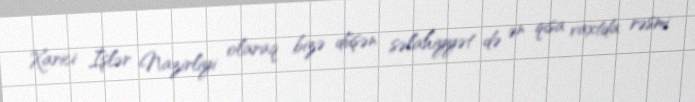
Xarici İşlər Nazirliyi olaraq bizə düşən səlahiyyət də ən qısa vaxtda rəsmi